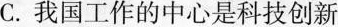
C. 我国工作的中心是科技创新